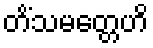
တိံသမတ္တေဟိ